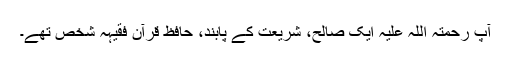
آپ رحمتہ اللہ علیہ ایک صالح، شریعت کے پابند، حافظِ قرآن فقیہہ شخص تھے۔